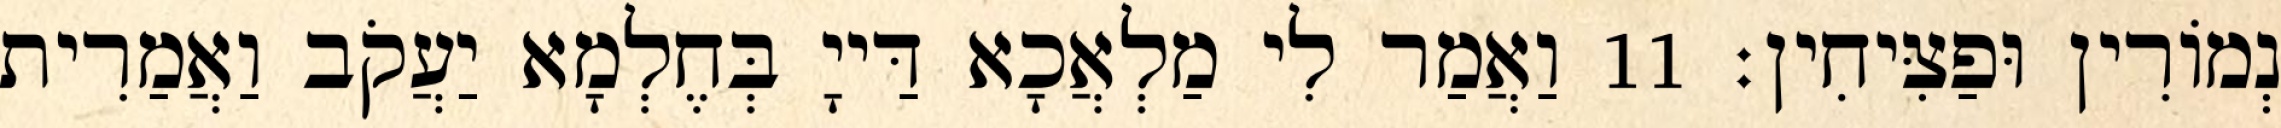
נְמוֹרִין וּפַצִּיחִין׃ 11 וַאֲמַר לִי מַלְאֲכָא דַּייָ בְּחֶלְמָא יַעֲקֹב וַאֲמַרִית